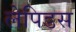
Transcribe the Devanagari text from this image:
लेपिडस